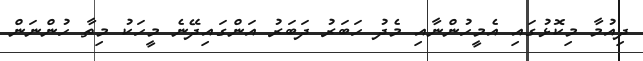
ދިއުމާ މިކޮޅުގައި އެމީހުންނާއި މެދު ހަބަރު ދަބަރު އަންގައިދޭނެ މީހަކު މިތާ ހުންނަން